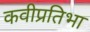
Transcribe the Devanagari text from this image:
कवीप्रतिभा